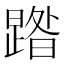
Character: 𭧹